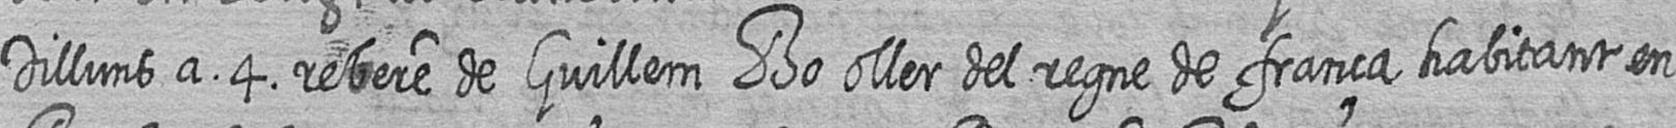
Dilluns a 4 rebere de Guillem Bo oller del regne de frança habitant en